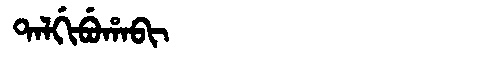
Manchu: ᡨᠠᠯᡤᡳᠪᡠᡥᠠᠪᡳ
Romanization: TALGIBUHABI